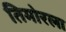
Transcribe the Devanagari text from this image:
तिमोरला